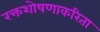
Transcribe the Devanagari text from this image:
रक्तशोषणाकरिता